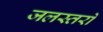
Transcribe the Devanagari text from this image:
जलस्तरों